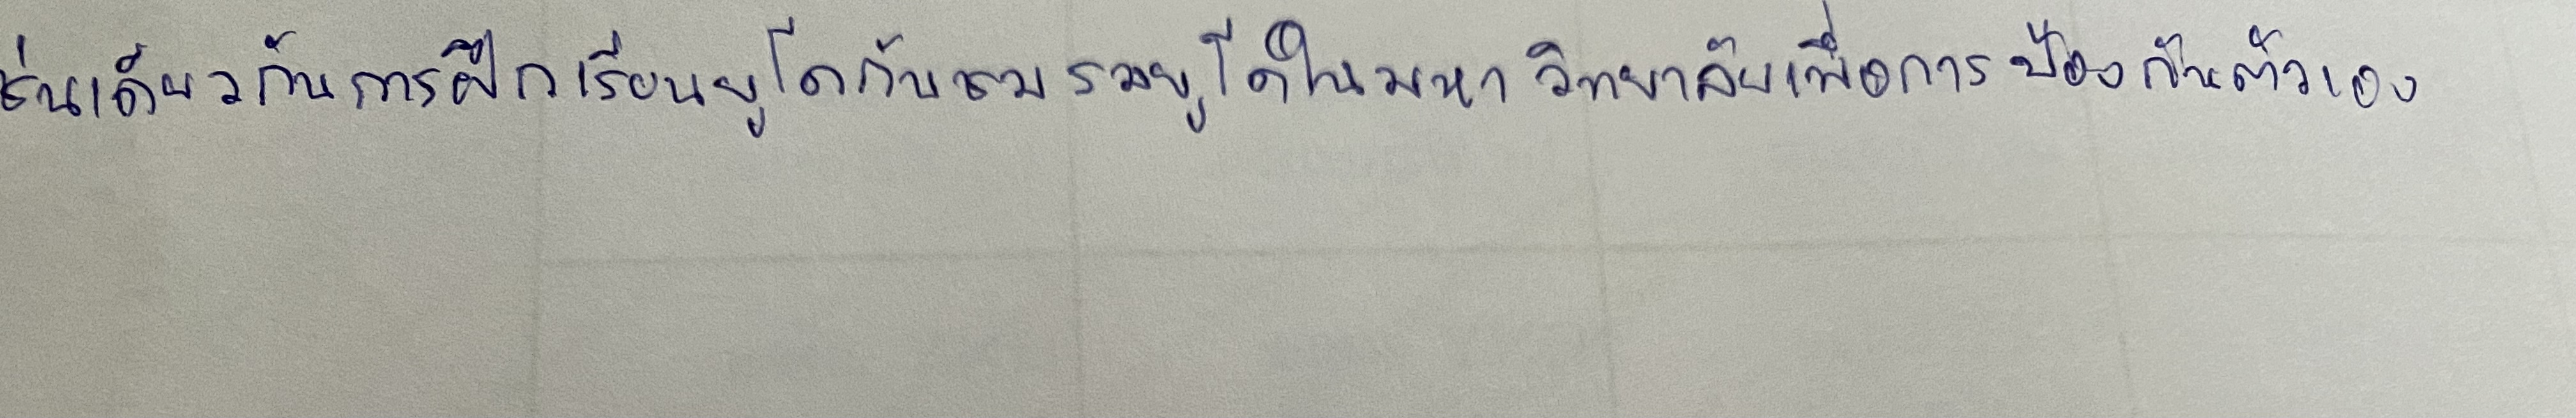
เช่นเดียวกับการฝึกเรียนยูโดกับชมรมยูโดในมหาวิทยาลัยเพื่อการป้องกันตัวเอง